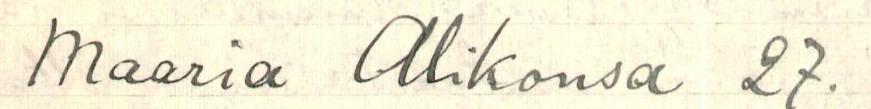
Maaria Alikonsa 27.